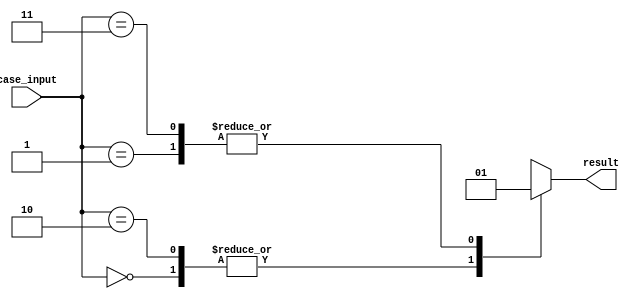
module unique_case (
    input wire [1:0] case_input,
    output reg result
);

always @* begin
    case(case_input)
        2'b00: begin
            // Code block for case 00
            result = 0;
        end
        2'b01: begin
            // Code block for case 01
            result = 1;
        end
        2'b10: begin
            // Code block for case 10
            result = 0;
        end
        2'b11: begin
            // Code block for case 11
            result = 1;
        end
        default: result = 0; // Default case if no match is found
    endcase
end

endmodule